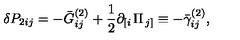
\delta P _ { 2 i j } = - \bar { G } _ { i j } ^ { ( 2 ) } + \frac 1 2 \partial _ { \left[ i \right. } \Pi _ { \left. j \right] } \equiv - \bar { \gamma } _ { i j } ^ { ( 2 ) } ,